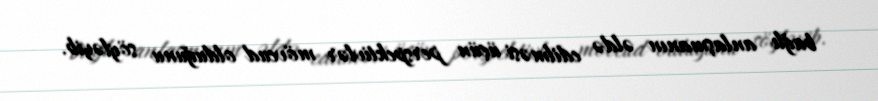
bağlı anlaşmanın əldə edilməsi üçün perspektivlər mövcud olduğunu söyləyib.